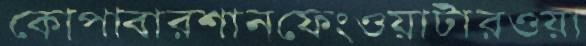
কোপাবারশানফেংওয়াটারওয়া